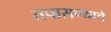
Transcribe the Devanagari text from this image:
तपासण्याचे